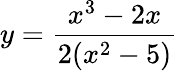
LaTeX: y={\frac{x^{3}-2x}{2(x^{2}-5)}}